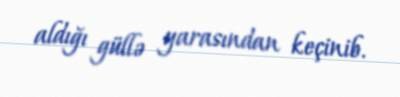
aldığı güllə yarasından keçinib.